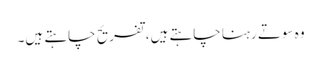
وہ سوتے رہنا چاہتے ہیں، تفریح چاہتے ہیں۔